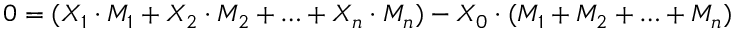
0 = ( X _ { 1 } \cdot M _ { 1 } + X _ { 2 } \cdot M _ { 2 } + \ldots + X _ { n } \cdot M _ { n } ) - X _ { 0 } \cdot ( M _ { 1 } + M _ { 2 } + \ldots + M _ { n } )